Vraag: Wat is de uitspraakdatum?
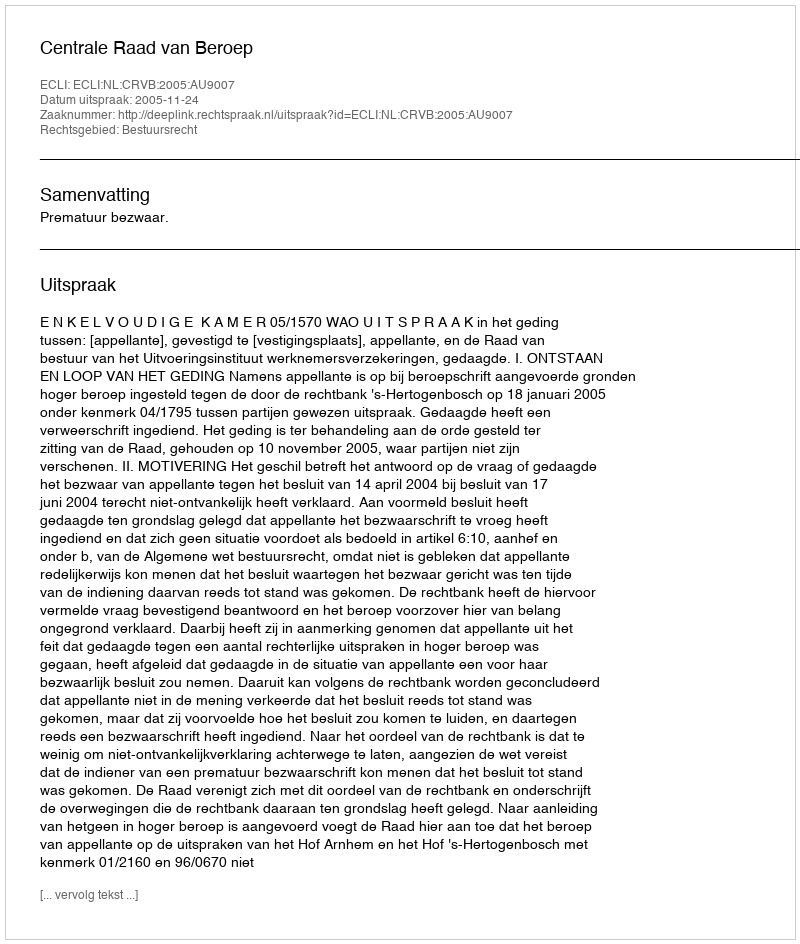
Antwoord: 2005-11-24